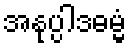
အနုပ္ပါဒဓမ္မံ